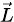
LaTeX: \scriptstyle{\vec{L}}